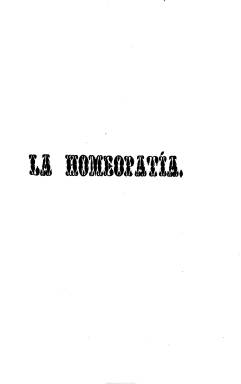
Título: La Homeopatía (Madrid. 1846)
Colección: Homeopatía
Ámbito geográfico: Madrid
Lugar de publicación: Madrid
Fechas: 10/04/1846-10/03/1847

Es continuación de Gaceta homeopática de Madrid (1845-1846), publicada con el objeto de propagar y defender la doctrina médica fundada por Samuel Hahnemann (1775-1843), que estaba extendiéndose por España. Su aparición coincide con la división en el seno de los médicos homeópatas madrileños y la creación de la Sociedad Hahnemanniana Matritense, que por su parte editará su propio Boletín oficial (1846-1851).

El editor de La Homeopatía es el doctor Ramón Castillo y su director, el cirujano Pío Hernández Espeso, que será fundador y catedrático de Homeopatía en el Instituto y Hospital San José, de Madrid. Entre sus redactores y colaboradores se encuentran los médicos y cirujanos homeópatas Robustiano de Torres Villanueva, Ricardo López Arcilla (autor de poesía científica), Juan Lorenzo Vélez, Andrés Merino y Torija y José María Gil

La revista está estructurada en la Sección crítico-filosófica, Materia médica, Medicina práctica, Miscelánea y Bibliografía, y contiene artículos doctrinales, estudios, memorias y, también, composiciones en verso. Mantiene polémicas con el ya citado Boletín oficial de la Sociedad Hahnemanniana Matritense (1846-1851), así como con otras publicaciones médicas, como el Boletín de Medicina, cirugía y farmacia (1834-1853), Boletín de medicina y cirugía militar (1846) y el periódico La Facultad (1845-1847).

Formalmente es similar al título que había sustituido. Sus entregas siguen siendo quincenales, apareciendo los días 10 y 25 de cada mes, en números de 24 páginas, con foliación continuada y compuestas a una columna. Todas ellas forman un tomo, con un índice, al final. Ante el “cumplimiento de otros deberes imprescindibles” de su director – el citado Hernández Espeso-, se suspende su publicación, editando su última entrega el 25 de marzo de 1847. En su lugar aparecerá el uno de julio de ese año, un nuevo título: Gaceta homeopática (1847-1849), que también forma parte de la Hemeroteca Digital de la BNE. Para la historia de la prensa homeopática, véase la obra que José Hernández Sanz publica en 1999.